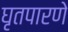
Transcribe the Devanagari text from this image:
घृतपारणे